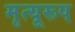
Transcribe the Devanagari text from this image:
मृत्यूरूप